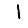
Digit: 1